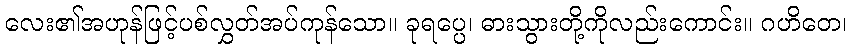
လေး၏အဟုန်ဖြင့်ပစ်လွှတ်အပ်ကုန်သော။ ခုရပ္ပေ၊ ဓားသွားတို့ကိုလည်းကောင်း။ ဂဟိတေ၊